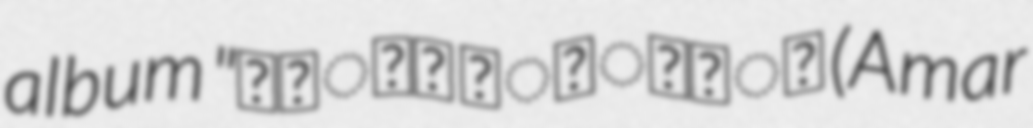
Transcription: album "আমার পৃথিবী (Amar